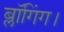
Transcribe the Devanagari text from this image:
ब्लॉगिंग।